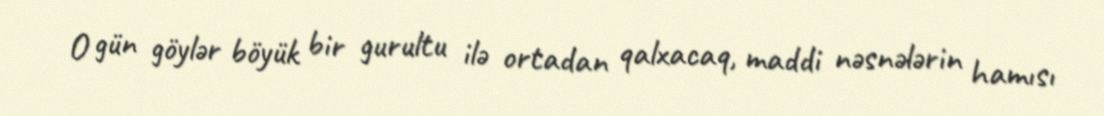
O gün göylər böyük bir gurultu ilə ortadan qalxacaq, maddi nəsnələrin hamısı